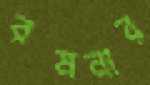
রমনার